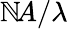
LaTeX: \mathbb{N}\! A/\lambda